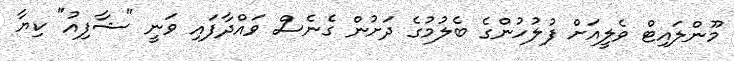
މޫންލައިޓް ވެލީއަށް ފުލުހުންގެ ބެލުމުގެ ދަށުން ގެނެސް ވައްދާފައި ވަނީ "ޝާފިއު" ކިޔާ